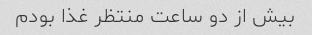
بیش از دو ساعت منتظر غذا بودم